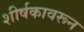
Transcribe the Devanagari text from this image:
शीर्षकावरून